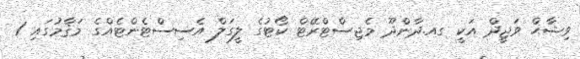
ވިޝާޙް ވަޖީދް އަކީ ގއ.ދާންދޫ މެޖިސްޓްރޭޓް ކޯޓުގެ ލީގަލް އެސިސްޓެންޓެއްގެ މަޤާމުގައި 1